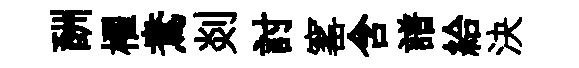
酬櫂鴦剡討窰含譜給決